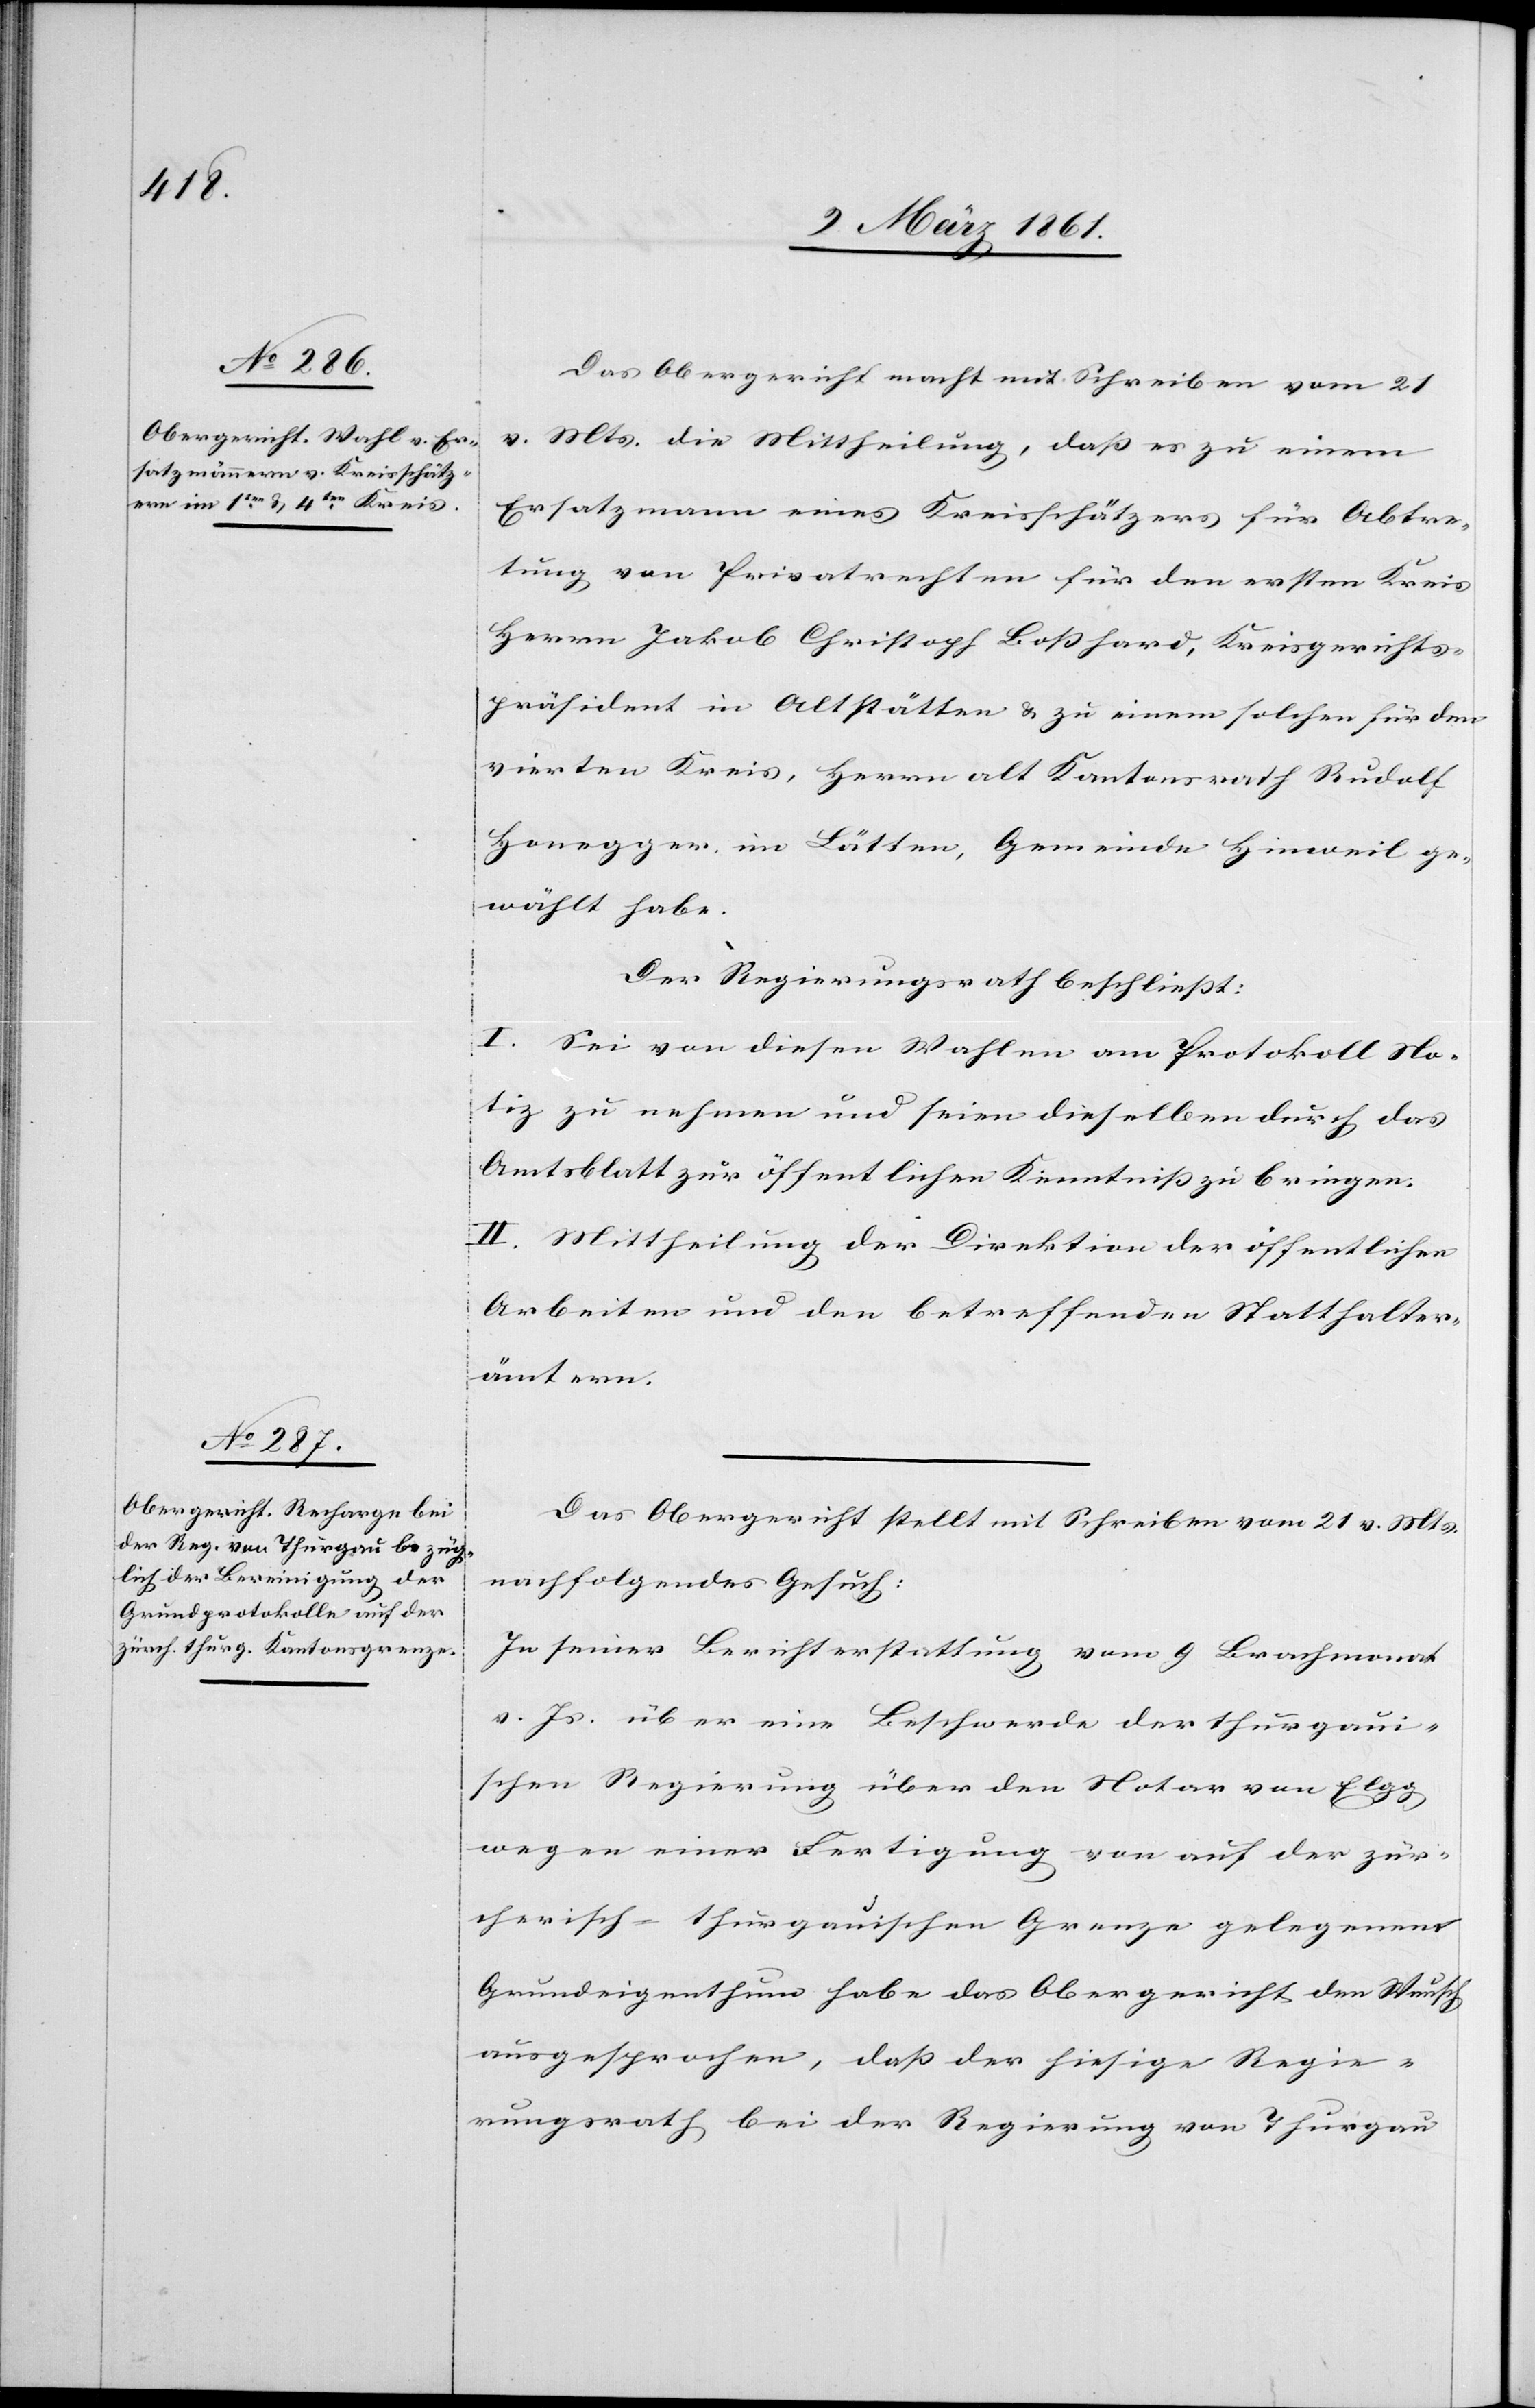
Das Obergericht macht mit Schreiben vom 21
v. Mts. die Mittheilung, dass es zu einem
Ersatzmann eines Kreisschätzers für Abtre¬
tung von Privatrechten für den ersten Kreis
Herrn Jakob Christoph Bosshard, Kreisgerichts¬
präsident in Altstätten u. zu einem solchen für den
vierten Kreis, Herrn alt Kantonsrath Rudolf
Honegger im Lätten, Gemeinde Hinweil ge¬
wählt habe.
Der Regierungsrath beschliesst:
I. Sei von diesen Wahlen am Protokoll No¬
tiz zu nehmen und seien dieselben durch das
Amtsblatt zur öffentlichen Kenntniss zu bringen.
II. Mittheilung der Direktion der öffentlichen
Arbeiten und den betreffenden Statthalter¬
ämtern.
Das Obergericht stellt mit Schreiben vom 21 v. Mts.
nachfolgendes Gesuch:
In seiner Berichterstattung vom 9 Brachmonat
v. Js. über eine Beschwerde der thurgaui¬
schen Regierung über den Notar von Elgg
wegen einer Fertigung von auf der zür¬
cherisch-thurgauischen Grenze gelegenem
Grundeigenthum habe das Obergericht den Wunsch
ausgesprochen, dass der hiesige Regie¬
rungsrath bei der Regierung von Thurgau